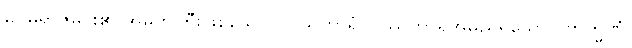
မဂဓရာဇ်မင်း၏ အမတ်ကြီးဖြစ်သော။ ဝဿကာရံ၊ ဝဿကာရအမည်ရှိသော။ ဗြာဟ္မဏံ၊